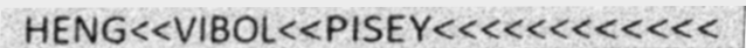
HENG<<VIBOL<<PISEY<<<<<<<<<<<<